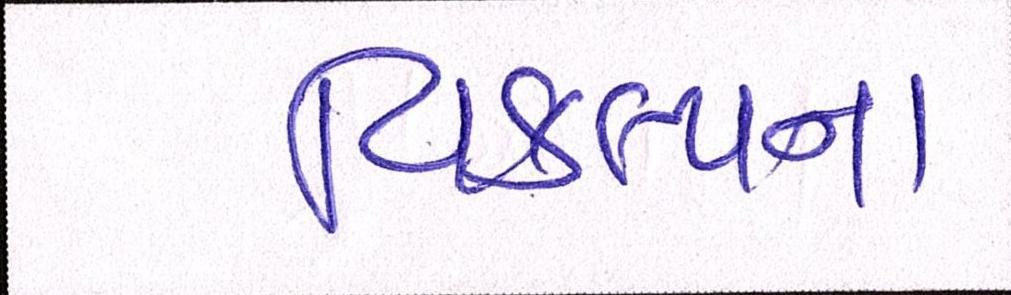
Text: વિકલ્પના